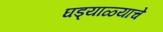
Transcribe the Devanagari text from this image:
घड्याळ्याचे